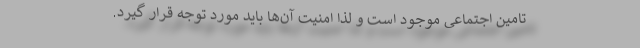
تامین اجتماعی موجود است و لذا امنیت آن‌ها باید مورد توجه قرار گیرد.